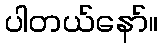
ပါတယ်နော်။